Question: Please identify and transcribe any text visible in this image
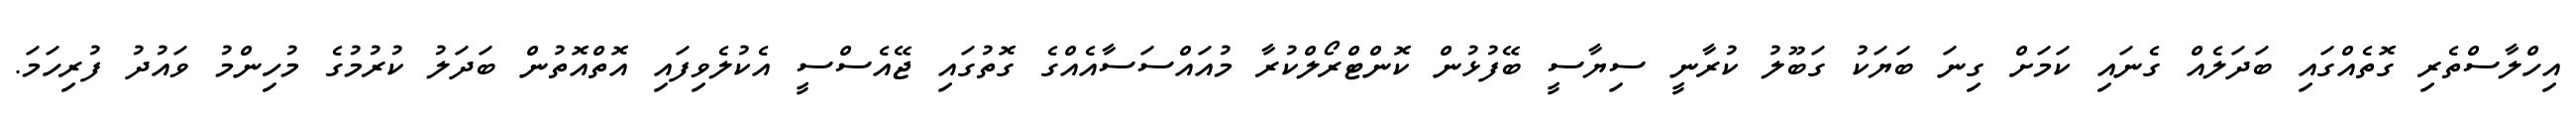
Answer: އިހްލާސްތެރި ގޮތެއްގައި ބަދަލެއް ގެނައި ކަމަށް ގިނަ ބަޔަކު ގަބޫލު ކުރާނީ ސިޔާސީ ބޭފުޅުން ކޮންޓްރޯލްކުރާ މުއައްސަސާއެއްގެ ގޮތުގައި ޖޭއެސްސީ އެކުލެވިފައި އޮތްއޮތުން ބަދަލު ކުރުމުގެ މުހިންމު ވައުދު ފުރިހަމަ.